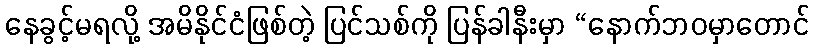
နေခွင့်မရလို့ အမိနိုင်ငံဖြစ်တဲ့ ပြင်သစ်ကို ပြန်ခါနီးမှာ “နောက်ဘဝမှာတောင်